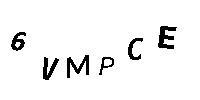
6VMPCE